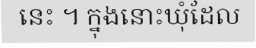
នេះ ។ ក្នុងនោះឃុំដែល